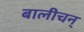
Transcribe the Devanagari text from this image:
बालीचन्